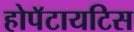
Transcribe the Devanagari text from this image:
होपॅटायटिस